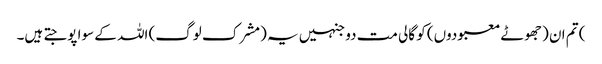
) تم ان (جھوٹے معبودوں) کو گالی مت دو جنہیں یہ (مشرک لوگ) اللہ کے سوا پوجتے ہیں۔